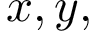
x , y ,